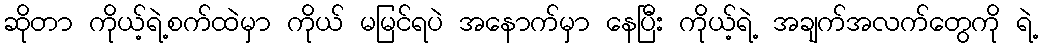
ဆိုတာ ကိုယ့်ရဲ့စက်ထဲမှာ ကိုယ် မမြင်ရပဲ အနောက်မှာ နေပြီး ကိုယ့်ရဲ့ အချက်အလက်တွေကို ရဲ့